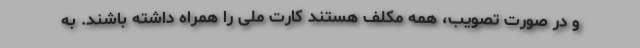
و در صورت تصویب، همه مکلف هستند کارت ملی را همراه داشته باشند. به